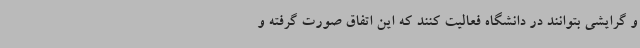
و گرایشی بتوانند در دانشگاه فعالیت کنند که این اتفاق صورت گرفته و